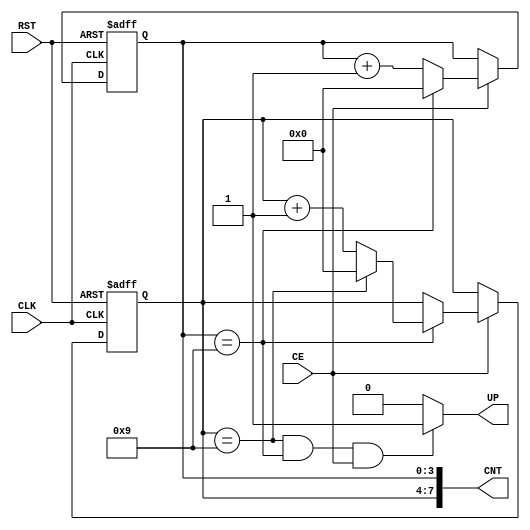
module counter100( CLK, RST, CE, CNT, UP );
   input        CLK, RST, CE;
   output [7:0] CNT;
   output       UP;
  
   reg [3:0] 	d1, d0;
  
   always @( posedge CLK or posedge RST )
     begin
	if( RST )
	  begin
	     d1<=0;
	     d0<=0;
	  end
	else if( CE )
	  begin
	   if( d0 == 9 )
	     begin
		    d0 <= 0;
		    if( d1 == 9 ) d1 <= 0;
		    else          d1 <= d1 + 4'd1;
	     end
	   else
	     d0 <= d0 + 4'd1;
	 end
  end

  assign CNT = { d1, d0 };		  
  assign UP = ( d1 == 4'd9 && d0 == 4'd9 && CE ) ? 1'd1 : 1'd0;

endmodule